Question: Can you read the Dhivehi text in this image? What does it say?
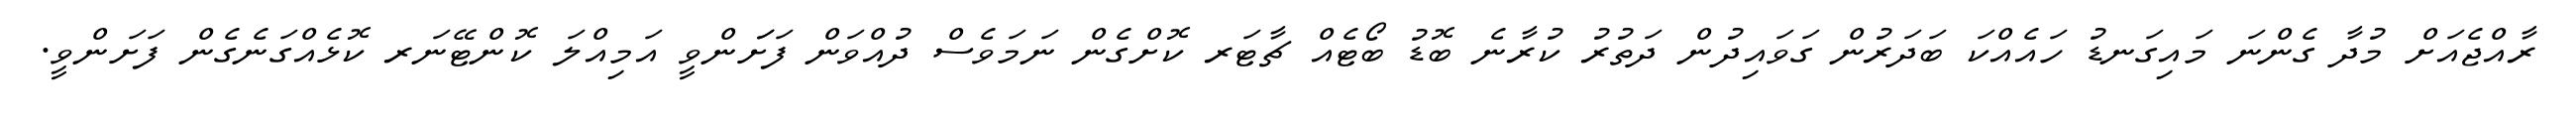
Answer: ރާއްޖެއަށް މުދާ ގެންނަ މައިގަނޑު ހައެއްކަ ބަދަރުން ގަވައިދުން ދަތުރު ކުރާނެ ބޮޑު ބޯޓެއް ޗާޓަރ ކޮށްގެން ނަމަވެސް ދުއްވަން ފަށަަންވީ އަމިއްލަ ކޮންޓޭނަރ ކޮޅެއްގަނެގެން ފަށަންވީ.